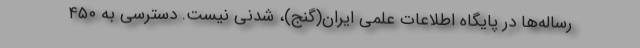
رساله‌ها در پایگاه اطلاعات علمی ایران(گنج)، شدنی نیست. دسترسی به ۴۵۰